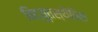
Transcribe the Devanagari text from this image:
विद्युतस्थैतिक